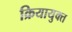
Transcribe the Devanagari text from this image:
क्रियायुक्त